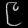
Digit: ၉